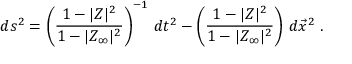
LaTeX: d s ^ { 2 } = \left( { \frac { 1 - | Z | ^ { 2 } } { 1 - | Z _ { \infty } | ^ { 2 } } } \right) ^ { - 1 } \, d t ^ { 2 } - \left( { \frac { 1 - | Z | ^ { 2 } } { 1 - | Z _ { \infty } | ^ { 2 } } } \right) \, d \vec { x } ^ { 2 } \ .